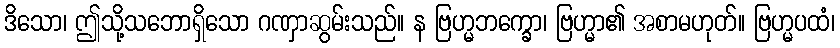
ဒိသော၊ ဤသို့သဘောရှိသော ဂဏှာဆွမ်းသည်။ န ဗြဟ္မဘက္ခော၊ ဗြဟ္မာ၏ အစာမဟုတ်။ ဗြဟ္မပထံ၊